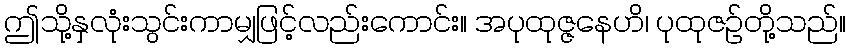
ဤသို့နှလုံးသွင်းကာမျှဖြင့်လည်းကောင်း။ အပုထုဇ္ဇနေဟိ၊ ပုထုဇဉ်တို့သည်။